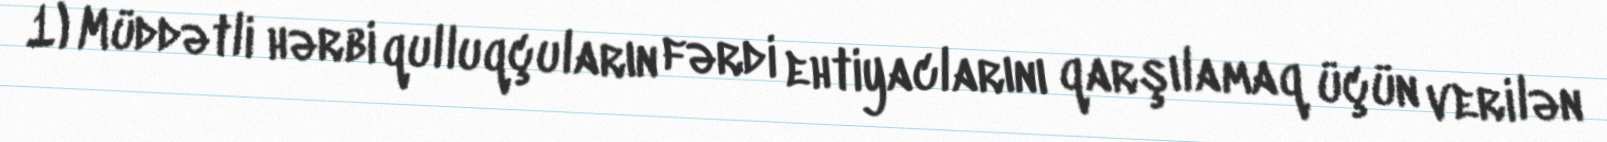
1) Müddətli hərbi qulluqçuların fərdi ehtiyaclarını qarşılamaq üçün verilən